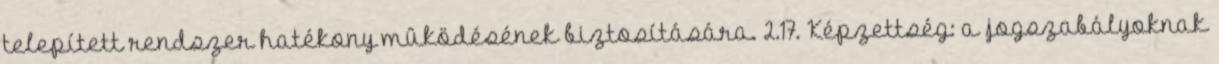
telepített rendszer hatékony mûködésének biztosítására. 2.17. Képzettség: a jogszabályoknak